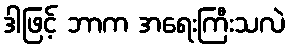
ဒါဖြင့် ဘာက အရေးကြီးသလဲ